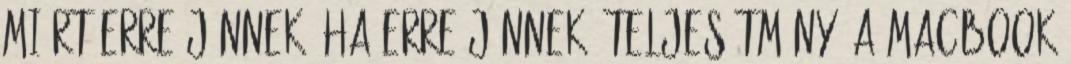
miért erre jönnek, ha erre jönnek. Teljesítmény: A MacBook